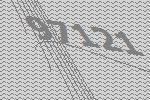
97121